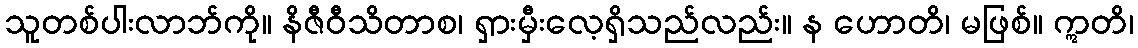
သူတစ်ပါးလာဘ်ကို။ နိဇီဝီသိတာစ၊ ရှားမှီးလေ့ရှိသည်လည်း။ န ဟောတိ၊ မဖြစ်။ ဣတိ၊